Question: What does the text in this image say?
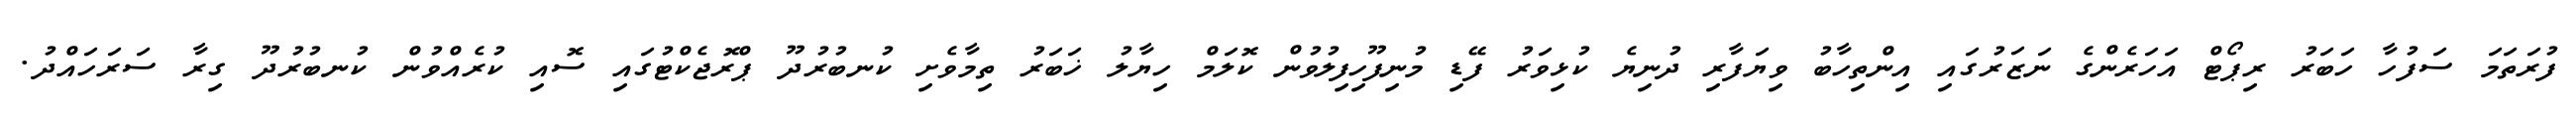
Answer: ފުރަތަމަ ސަފުހާ ހަބަރު ރިޕޯޓް އަހަރެންގެ ނަޒަރުގައި އިންތިހާބު ވިޔަފާރި ދުނިޔެ ކުޅިވަރު ފޭޑި މުނިފޫހިފިލުވުން ކޮލަމް ހިޔާލު ޚަބަރު ތިމާވެށި ކުނބުރުދޫ ޕްރޮޖެކްޓުގައި ސޮއި ކުރެއްވުން ކުނބުރުދޫ ގިރާ ސަރަހައްދު.